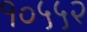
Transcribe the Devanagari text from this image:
१०५५२